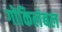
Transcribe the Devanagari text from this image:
गोकिलंबल